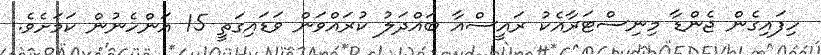
ހިފައިގެން ޖެންޑާ މިނިސްޓަރާއެކު ރައީސްއާ ބައްދަލު ކުރައްވަން ވަޑައިގަތީ 15 އަންހެނުން ކަމަށެވެ.